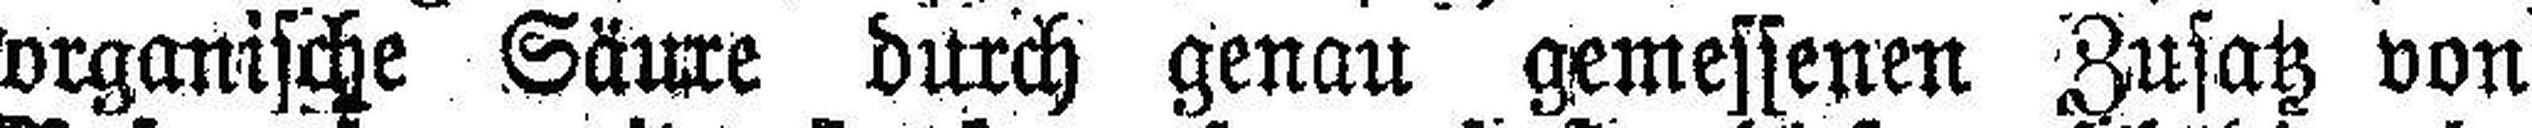
organische Säure durch genau gemessenen Zusatz von